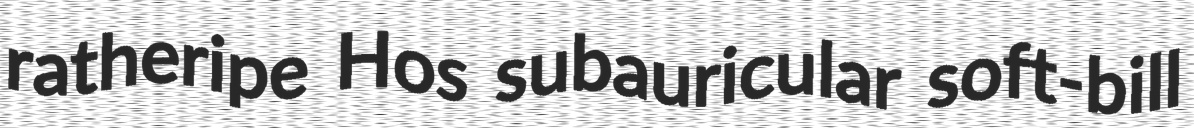
ratheripe Hos subauricular soft-bill